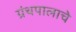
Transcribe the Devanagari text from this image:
ग्रंथपालाचे